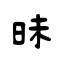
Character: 昧